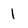
Character: 1